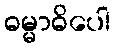
ဓမ္မာဓိပေါ